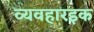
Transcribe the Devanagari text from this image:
व्यवहारइक